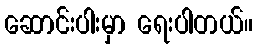
ဆောင်းပါးမှာ ရေးပါတယ်။